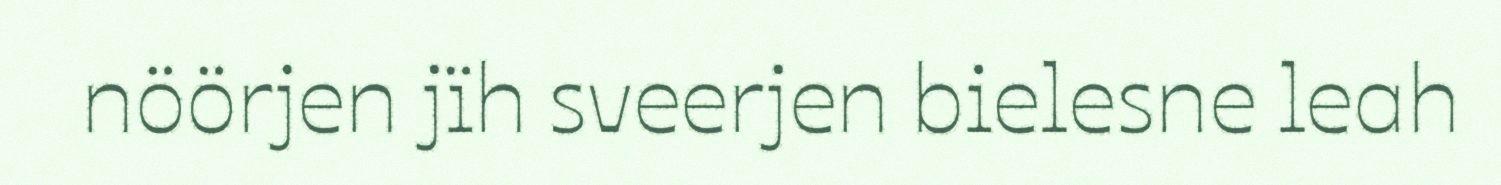
nöörjen jïh sveerjen bielesne leah